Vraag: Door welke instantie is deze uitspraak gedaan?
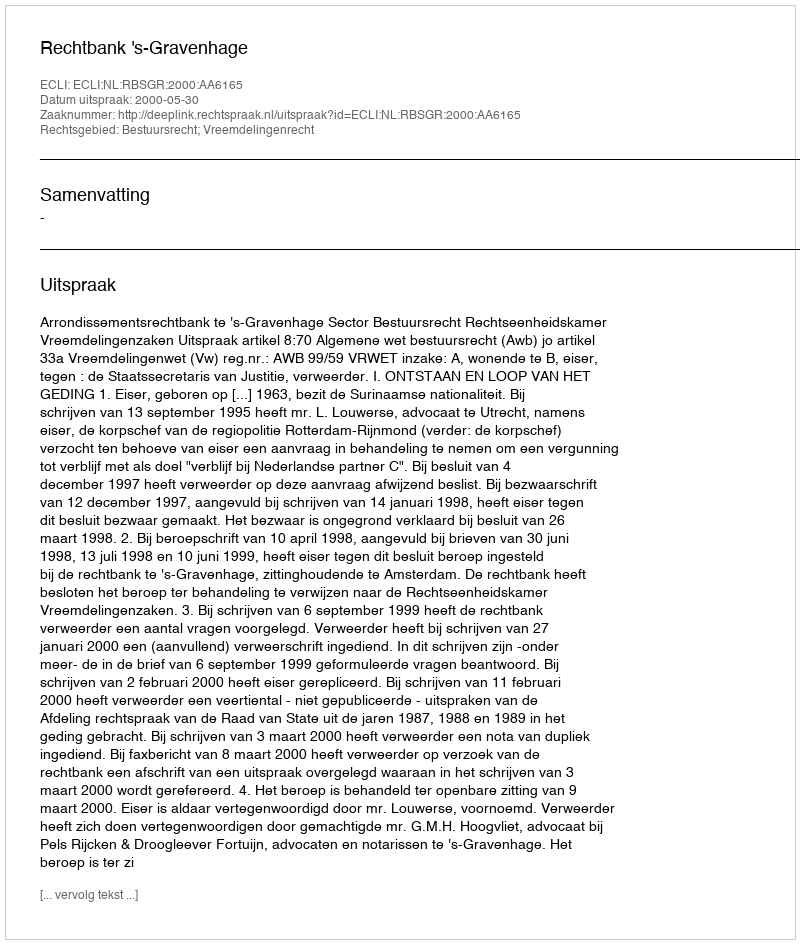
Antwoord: Rechtbank 's-Gravenhage